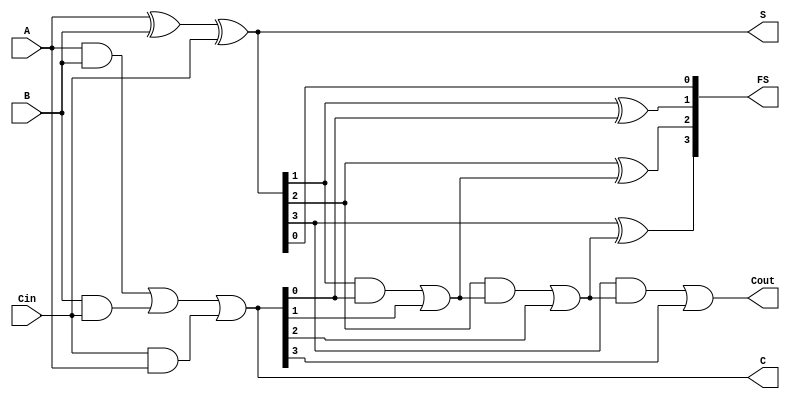
module carry_save_adder #(
    parameter WIDTH = 4 // Parameter to define the bit width
)(
    input  wire [WIDTH-1:0] A,     // Input A
    input  wire [WIDTH-1:0] B,     // Input B
    input  wire [WIDTH-1:0] Cin,    // Input Carry
    output wire [WIDTH-1:0] S,      // Sum output
    output wire [WIDTH-1:0] C,      // Carry output
    output wire [WIDTH-1:0] FS,     // Final Sum output
    output wire Cout                // Final Carry Out
);

    // Intermediate carry and sum signals
    wire [WIDTH-1:0] carry;
    wire [WIDTH-1:0] sum;

    // Generate Sum and Carry for CSA
    assign S = A ^ B ^ Cin; // Sum calculation
    assign C = (A & B) | (B & Cin) | (Cin & A); // Carry calculation

    // Carry Propagation Adder (CPA) using Ripple Carry Adder logic
    wire [WIDTH:0] carry_out; // Extra bit for carry out
    assign carry_out[0] = 0; // Initial carry in is 0

    genvar i;
    generate
        for (i = 0; i < WIDTH; i = i + 1) begin : cpa
            assign carry_out[i + 1] = (S[i] & carry_out[i]) | C[i]; // Carry propagation logic
            assign FS[i] = S[i] ^ carry_out[i]; // Final Sum calculation
        end
    endgenerate

    // Final Carry Out
    assign Cout = carry_out[WIDTH];

endmodule